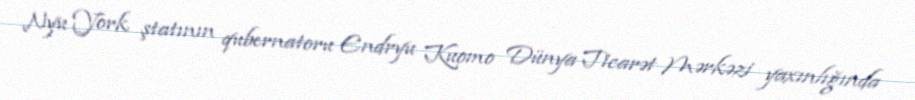
Nyu York ştatının qubernatoru Endryu Kuomo Dünya Ticarət Mərkəzi yaxınlığında